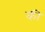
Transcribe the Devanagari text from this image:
की